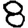
Digit: 8